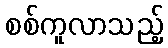
စစ်ကူလာသည့်